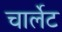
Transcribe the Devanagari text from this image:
चार्लेट